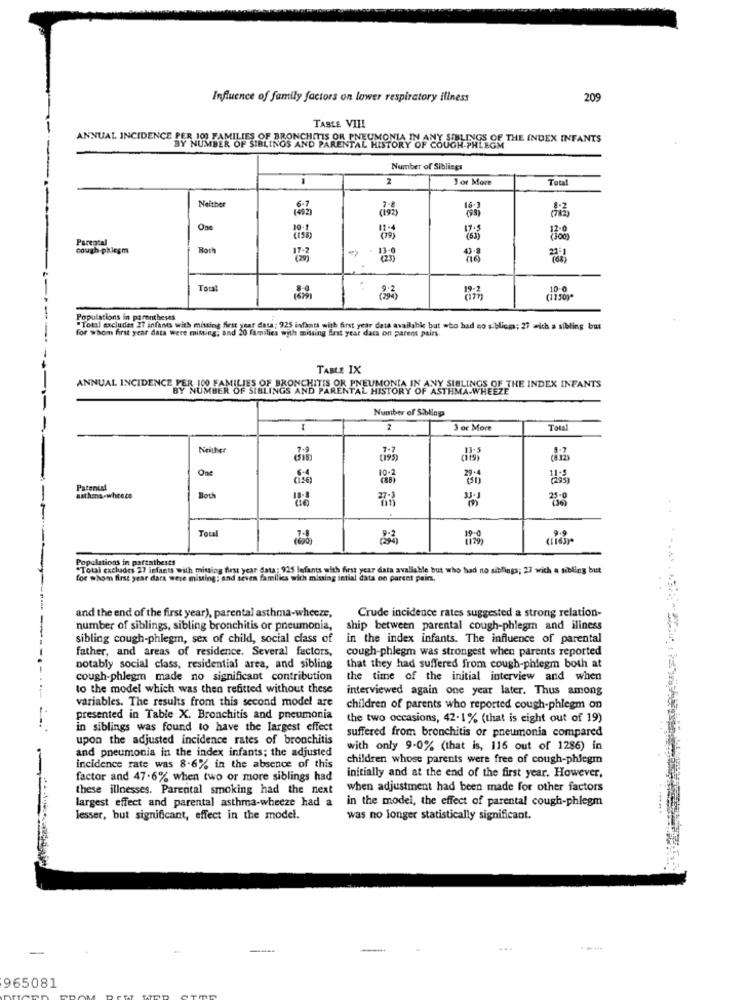
Influence of family factors on lower respiratory illness
209
TABLE VII!
ANNUAL INCIDENCE PERNASBER OF SIBLINGS AND PAREN CHOULA INANT SIBLINGS OF
PULLOF THE INDEX INFANTS
Number of Siblings
2
1 or More
Total
Neither
One
17.5
Parental
cough-phlegm
Both
..
10 0
1
(1150)"
Populations in parentheses
for whom first year data were misting, and 20 families with missing first year dans on parent pairs.
"Total excludes 27 infants with missing first year data; 925 infants with first year data available but who had no s Hicp; 27 =ich a sibling but
TABLE IX
ANNUAL INCIDENCE PER 100 FAMILIES OF BRONCHITIS OR PNEUMONIA
BY NUMBER OF SIBLINGS AND PARENTAL HISTORY OF ASTHMA-WHEEZE
ANY SIBLINGS OF THE INDEX INFANTS
Number of Sibling
2
3 or More
Total
Neither
7.7
dis
One
10.2
(156)
Patente!
Both
Total
Populations in partatbest!
"Total excludes 27 infants with missing first year data; 925 Infants with first year data avaliable but who had no siblings; 27 with a sibling but
for whom first year dara were mising; and seven families with missing intial data on parent pain.
and the end of the first year), parental asthma-wheeze,
Crude incidence rates suggested a strong relation-
number of siblings, sibling bronchitis or pneumonia,
ship between parental cough-phlegm and iliness
sibling cough-phlegm, sex of child, social class of
in the index infants. The influence of parental
father, and areas of residence. Several factors,
cough-phlegm was strongest when parents reported
notably social class, residential area, and sibling
that they had suffered from cough-phlegm both at
cough-phlegm made no significant contribution
the time of the initial interview and when
to the model which was then refitted without these
interviewed again one year later. Thus among
variables. The results from this second model are
children of parents who reported cough-phlegm on
presented in Table X. Bronchitis and pneumonia
the two occasions, 42-1% (that is eight out of 19)
in siblings was found to have the largest effect
suffered from bronchitis or pneumonia compared
upon the adjusted incidence rates of bronchitis
and pneumonia in the index infants; the adjusted
with only 9-0% (that is, 116 out of 1286) in
children whose parents were free of cough-phlegm
incidence rate was 8-6% in the absence of this
factor and 47.6% when two or more siblings had
initially and at the end of the first year. However,
these illnesses. Parental smoking had the next
when adjustment had been made for other factors
largest effect and parental asthma-wheeze had a
in the model, the effect of parental cough-phlegm
lesser, but significant, effect in the model.
was no longer statistically significant.
965081